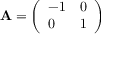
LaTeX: \mathbf { A } = { \left( \begin{array} { l l } { - 1 } & { 0 } \\ { 0 } & { 1 } \end{array} \right) }